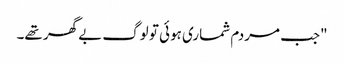
"جب مردم شماری ہوئی تو لوگ بے گھر تھے۔